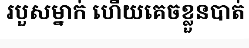
របួសម្នាក់ ហើយគេចខ្លួនបាត់